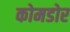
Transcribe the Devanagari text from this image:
कोमडोर